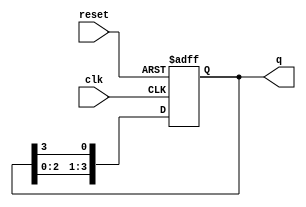
module ring_counter #(parameter N = 4) (
    input wire clk,          // Clock input
    input wire reset,        // Asynchronous reset input
    output reg [N-1:0] q     // Output of the flip-flops
);

// Initial state
initial begin
    q = 1'b1; // Set the initial state to 100...0
end

// Always block for the ring counter
always @(posedge clk or posedge reset) begin
    if (reset) begin
        q <= 1'b1; // Reset to initial state (100...0)
    end else begin
        // Shift the '1' to the next flip-flop
        q <= {q[N-2:0], q[N-1]}; // Shift left and wrap around
    end
end

endmodule